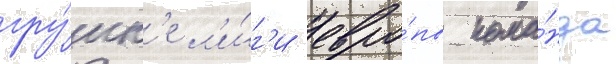
гру́пп'е л'и́г'и евро́пы кома́нда